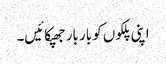
اپنی پلکوں کو بار بار جھپکائیں۔